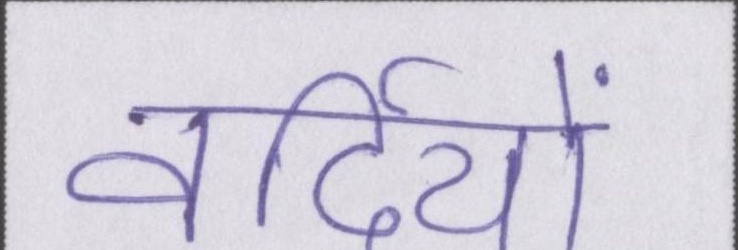
वर्दियों